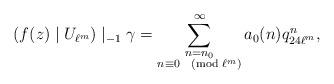
LaTeX: \begin{align*}(f(z)\mid U_{\ell^m})\mid_{-1}\gamma=\sum_{\substack{n=n_0\\n\equiv 0\pmod{\ell^m}}}^{\infty}a_0(n)q_{24\ell^m}^{n},\end{align*}